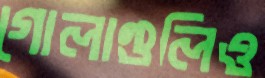
গোলাগুলিও